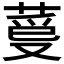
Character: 𦳡